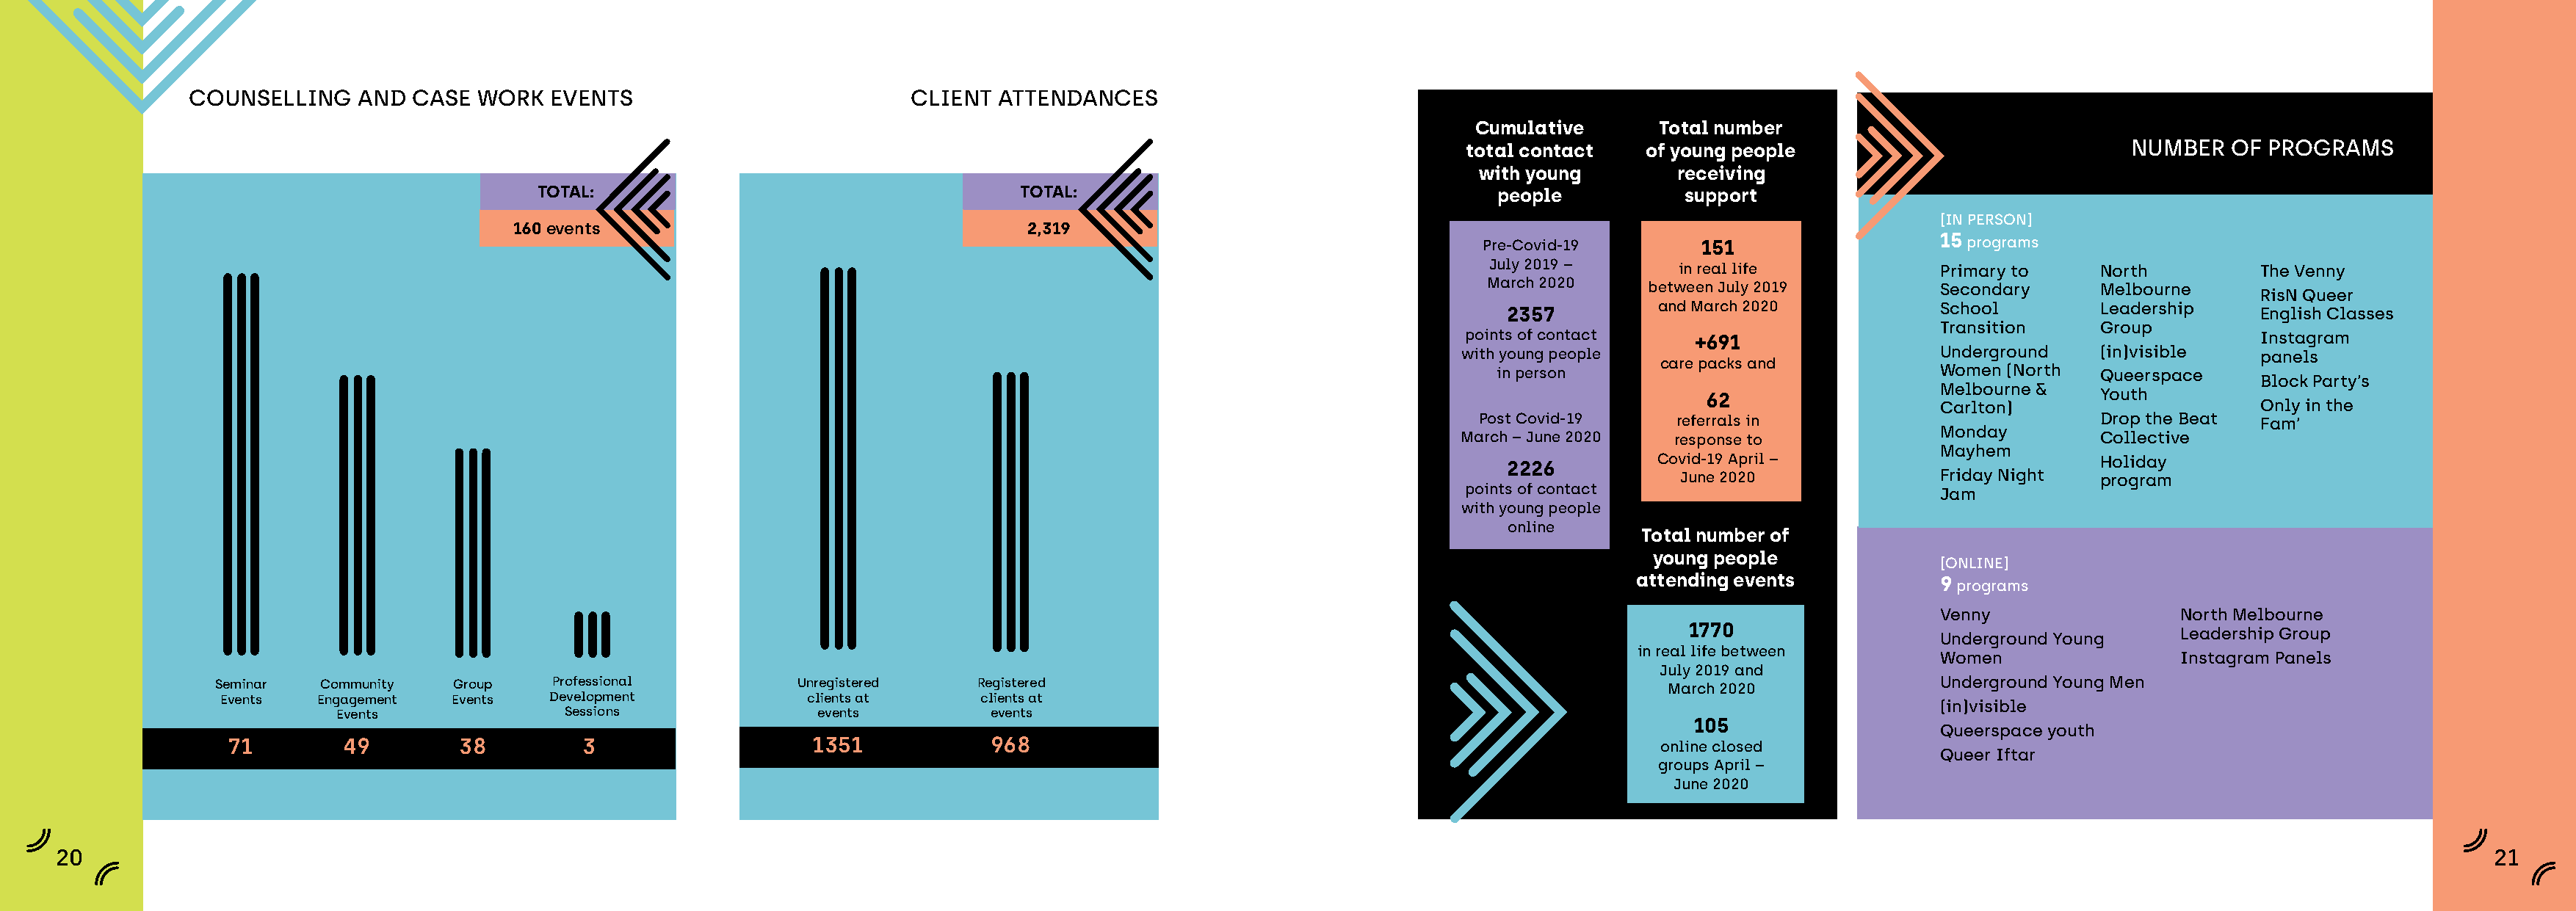
COUNSELLING    AND  CASE  WORK   EVENTS                          CLIENT  ATTENDANCES
 Cumulative       Total number
 total contact   of young people                             NUMBER   OF PROGRAMS
 with young        receiving
 TOTAL:                                      TOTAL:                                     people           support
 [IN PERSON]
 160 events                                     2,319
 Pre-Covid-19       151                   15 programs
 July 2019 –      in real life            Primary to    North          The Venny
 March 2020     between July 2019         Secondary     Melbourne
 RisN Queer
 2357         and March 2020            School        Leadership     English Classes
 Transition    Group
 points of contact    +691                                               Instagram
 with young people                          Underground   (in)visible    panels
 care packs and
 in person                               Women (North  Queerspace
 Block Party’s
 Melbourne &
 62
 Carlton)
 Youth
 Only in the
 Post Covid-19     referrals in                          Drop the Beat  Fam’
 Monday
 March – June 2020  response to                           Collective
 Mayhem
 Covid-19 April –                        Holiday
 2226
 June 2020               Friday Night  program
 points of contact                          Jam
 with young people
 online
 Total number of
 young people
 [ONLINE]
 attending events           9 programs
 Venny                 North Melbourne
 1770
 Underground Young
 Leadership Group
 in real life between
 Women                 Instagram Panels
 July 2019 and
 Seminar   Community   Group    Professional          Unregistered    Registered                                                    March 2020               Underground Young Men
 Events   Engagement  Events   Development            clients at     clients at
 (in)visible
 Events               Sessions               events         events
 105
 Queerspace youth
 71        49        38         3                    1351            968                                                          online closed
 Queer Iftar
 groups April –
 June 2020
 20                                                                                                                                                                                                                          21